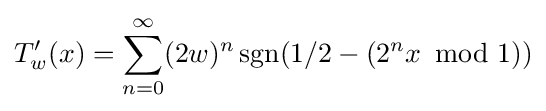
T_{w}^{\prime }(x)=\sum _{n=0}^{\infty }(2w)^{n}\operatorname {sgn} (1/2-(2^{n}x\!\!\!\mod 1))